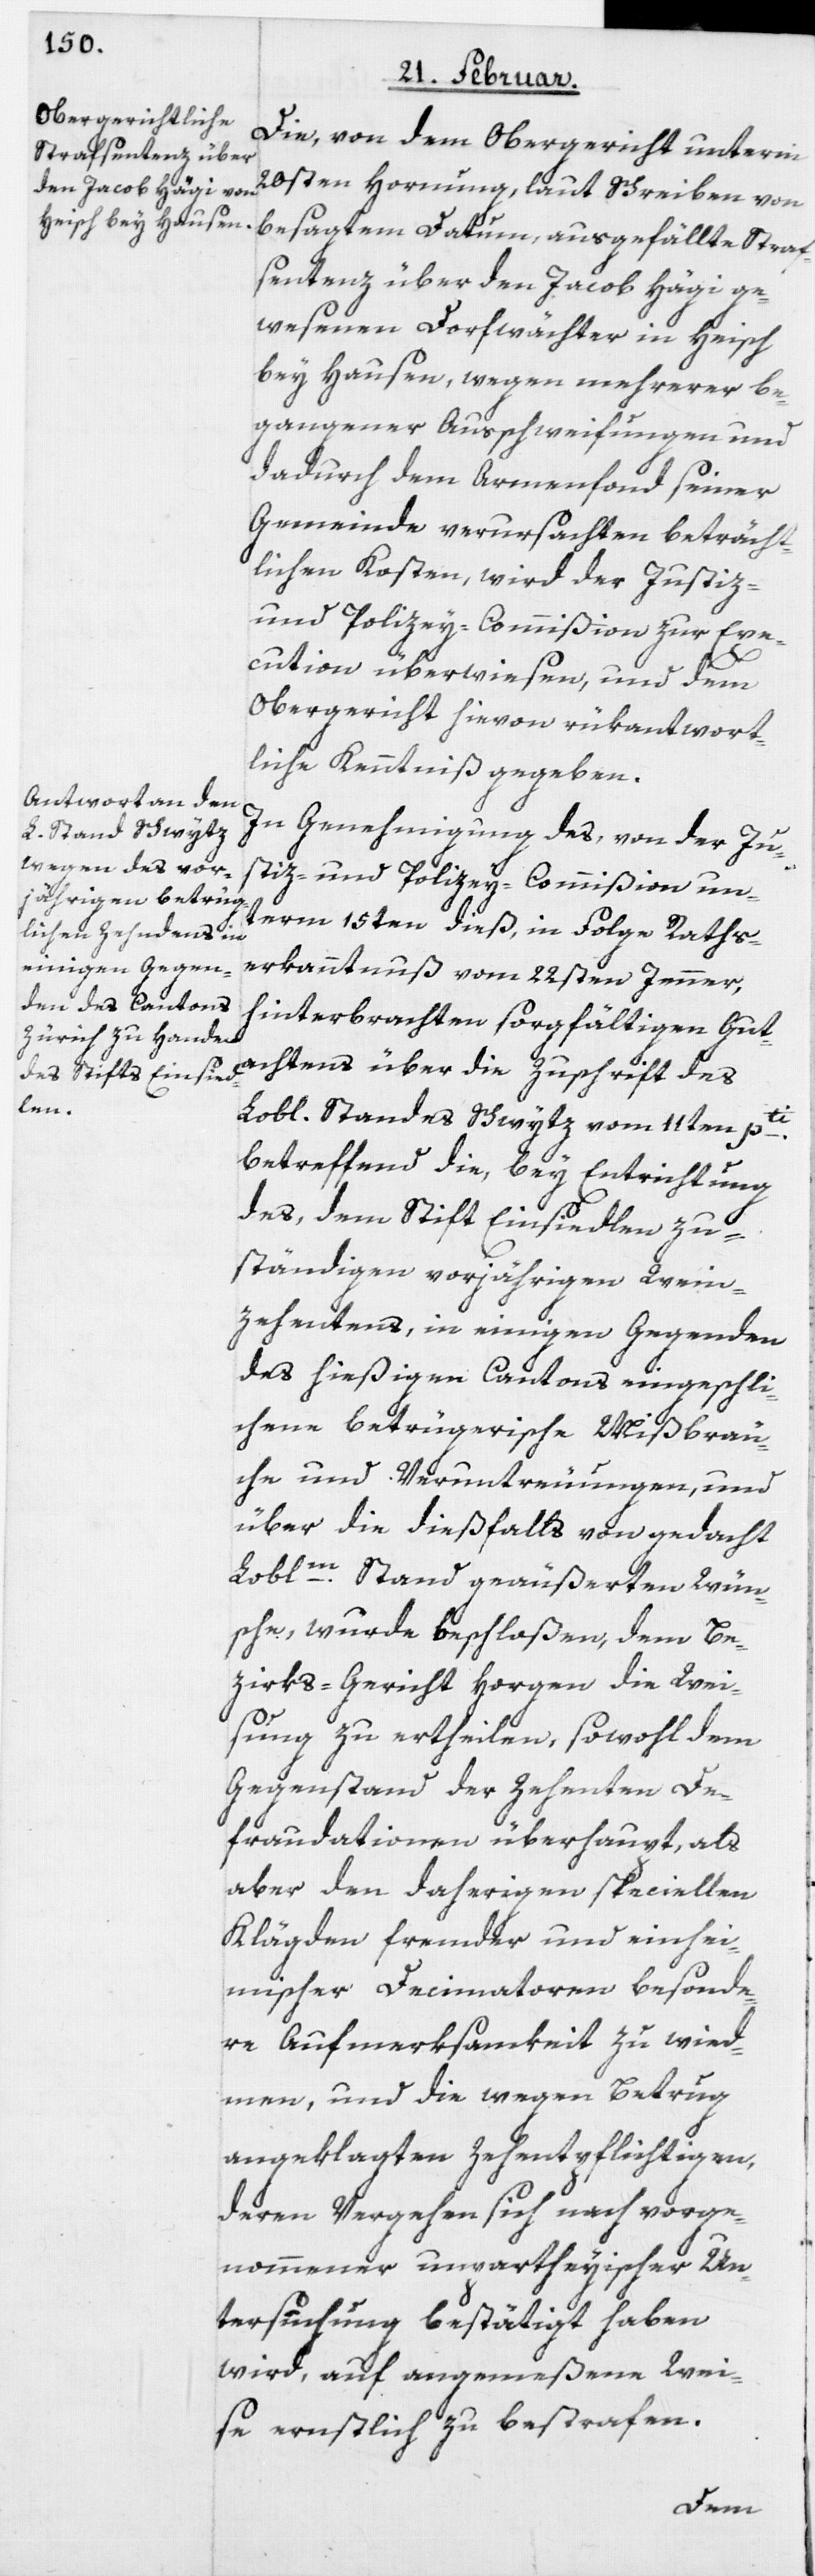
Die, von dem Obergericht unterm
20sten Hornung, laut Schreiben von
besagtem Datum, ausgefällte Straf¬
sentenz über den Jacob Hägi ge¬
wesenen Dorfwächter in Heisch
bey Hausen, wegen mehrerer be¬
gangener Ausschweifungen und
dadurch dem Armenfond seiner
Gemeinde verursachten beträcht¬
lichen Kosten, wird der Justiz-
und Polizey-Commißion zur Exe¬
cution überwiesen, und dem
Obergericht hievon rükantwort¬
liche Kenntniß gegeben.
In Genehmigung des, von der Ju¬
stiz- und Polizey-Commißion un¬
term 15ten dieß, in Folge Raths¬
erkanntnuß vom 22sten Jenner,
hinterbrachten sorgfältigen Gut¬
achtens über die Zuschrift des
Lobl. Standes Schwytz vom 11ten pti.
betreffend die, bey Entrichtung
des, dem Stift Einsiedlen zu¬
ständigen vorjährigen Wein¬
zehentens, in einigen Gegenden
des hießigen Cantons eingeschli¬
chene betrügerische Mißbräu¬
che und Veruntreuungen, und
über die dießfalls von gedacht
Loblm. Stand geäußerten Wün¬
sche, wurde beschloßen, dem Be¬
zirks-Gericht Horgen die Wei¬
sung zu ertheilen, sowohl dem
Gegenstand der Zehenten De¬
fraudationen überhaupt, als
aber den daherigen speciellen
Klägden fremder und einhei¬
mischer Decimatoren besonde¬
re Aufmerksamkeit zu wied¬
men, und die wegen Betrug
angeklagten Zehentpflichtigen,
deren Vergehen sich nach vorge¬
nommener unpartheyischer Un¬
tersuchung bestätigt haben
wird, auf angemeßene Wei¬
se ernstlich zu bestrafen.